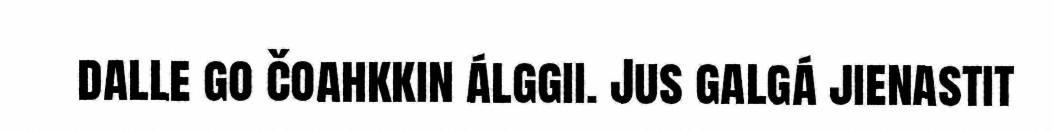
dalle go čoahkkin álggii. Jus galgá jienastit